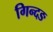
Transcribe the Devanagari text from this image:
गिन्दङ